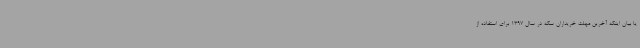
یا بیان اینکه آخرین مهلت خریداران سکه در سال 1397 برای استفاده از